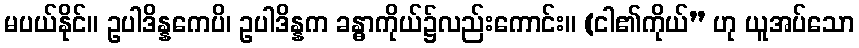
မပယ်နိုင်။ ဥပါဒိန္နကေပိ၊ ဥပါဒိန္နက ခန္ဓာကိုယ်၌လည်းကောင်း။ (ငါ၏ကိုယ်” ဟု ယူအပ်သော